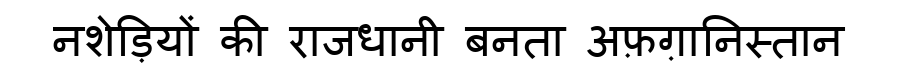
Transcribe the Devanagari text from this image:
नशेड़ियों की राजधानी बनता अफ़ग़ानिस्तान